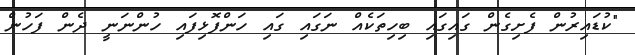
"ކުޑައިރުން ފެށިގެން ގައިގައި ބިހިތަކެއް ނަގައި ގައި ހަންފޮޅިފައި ހުންނަނީ ދެން ފަހުން